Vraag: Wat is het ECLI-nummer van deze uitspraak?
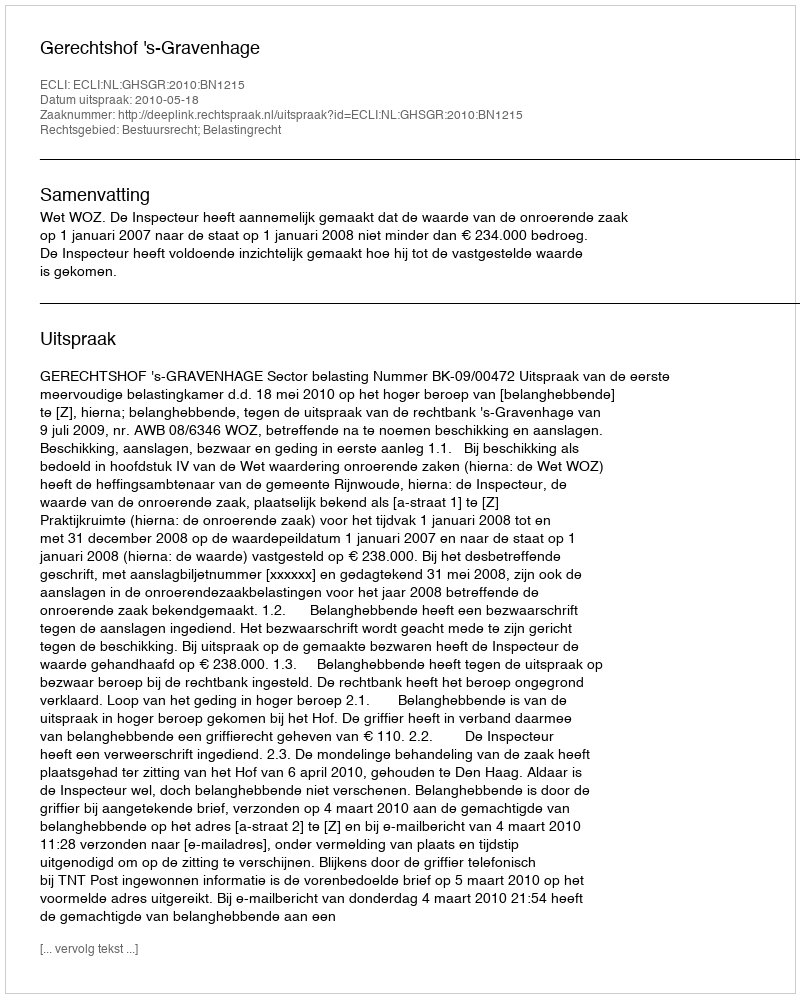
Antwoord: ECLI:NL:GHSGR:2010:BN1215